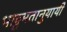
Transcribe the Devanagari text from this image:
भाट्टमतानुयायी